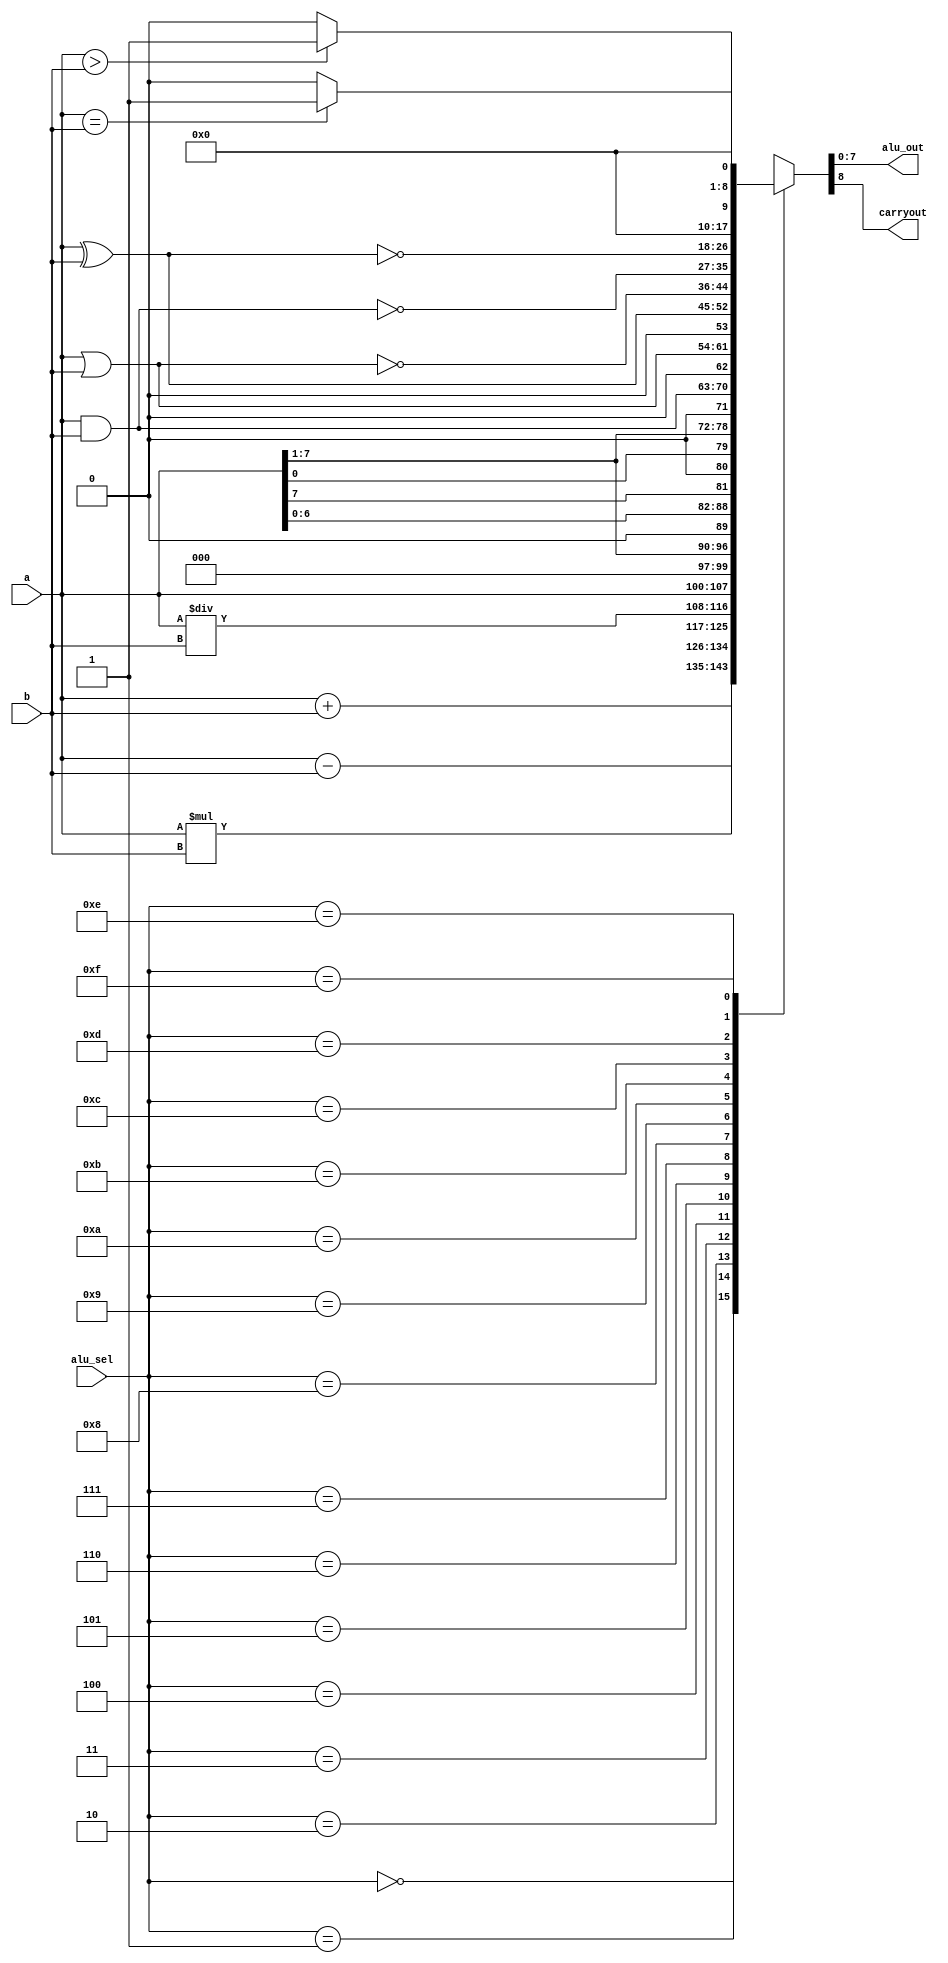

module alu(a,b,alu_sel,alu_out,carryout);
  input [7:0] a,b;                   // ALU 8-bit Inputs                 
  input [3:0] alu_sel;               // ALU Selection
  output [7:0] alu_out;              // ALU 8-bit Output
  output carryout;                   // Carry Out Flag
  
  reg [7:0] alu_result;
  reg tmp;
  
  assign alu_out = alu_result;  // ALU out
  assign  carryout = tmp;
  
  always @(*)
    begin
      case(alu_sel)
        4'b0000: {tmp,alu_result} = a + b;             // addition {carry out, sum} 
        4'b0001: {tmp,alu_result} = a - b;            // Subtraction
        4'b0010: {tmp,alu_result} = a * b;            // Multiplication
        4'b0011: {tmp,alu_result} = a/b;              // Division
        4'b0100: {tmp,alu_result} = a<<1;             // Logical shift left
        4'b0101: {tmp,alu_result} = a>>1;             // Logical shift right
        4'b0110: {tmp,alu_result} = {a[6:0],a[7]};    // Rotate left
        4'b0111: {tmp,alu_result} = {a[0],a[7:1]};    // Rotate right
        4'b1000: {tmp,alu_result} = a & b;            //  Logical and 
        4'b1001: {tmp,alu_result} = a|b;              //  Logical or
        4'b1010: {tmp,alu_result} = a ^ b;            //  Logical xor 
        4'b1011: {tmp,alu_result} = ~(a|b);           //  Logical nor
        4'b1100: {tmp,alu_result} = ~(a & b);         // Logical nand 
        4'b1101: {tmp,alu_result} = ~(a ^ b);         // Logical xnor
        4'b1110: {tmp,alu_result} = (a>b)?8'd1:8'd0;  // Greater comparison
        4'b1111: {tmp,alu_result} = (a==b)?8'd1:8'd0; // Equal comparison   
        default: {tmp,alu_result} = 0 ; 
        endcase
    end
endmodule